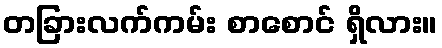
တခြားလက်ကမ်း စာစောင် ရှိလား။